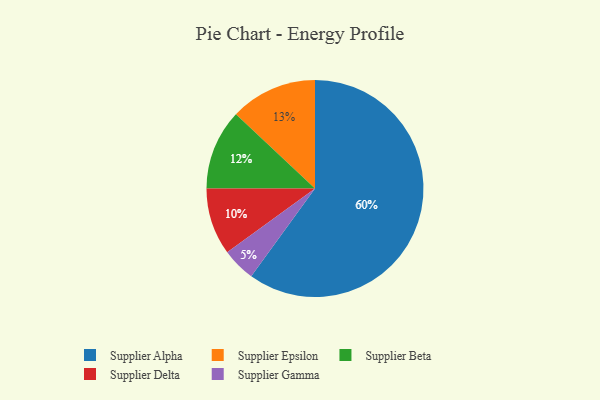
{"axis": {"x": "Category", "y": "Percentage"}, "legend": ["Supplier Alpha", "Supplier Beta", "Supplier Delta", "Supplier Epsilon", "Supplier Gamma"], "data": [{"x": "Supplier Alpha", "y": 60, "type": "Supplier Alpha"}, {"x": "Supplier Epsilon", "y": 13, "type": "Supplier Epsilon"}, {"x": "Supplier Gamma", "y": 5, "type": "Supplier Gamma"}, {"x": "Supplier Delta", "y": 10, "type": "Supplier Delta"}, {"x": "Supplier Beta", "y": 12, "type": "Supplier Beta"}]}